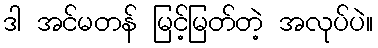
ဒါ အင်မတန် မြင့်မြတ်တဲ့ အလုပ်ပဲ။